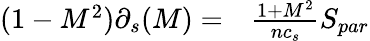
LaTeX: \begin{array}{rl}{(1-M^{2})\partial_{s}(M)=}&{{}\frac{1+M^{2}}{nc_{s}}S_{par}}\end{array}